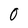
Character: 0